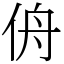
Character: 侜